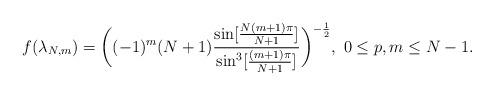
LaTeX: \begin{align*}f(\lambda_{N,m})=\bigg((-1)^m(N+1){{ \sin[{{N(m+1)\pi }\over{N+1 }} ]}\over {\sin^3[{{(m+1)\pi }\over{N+1 }} ] }} \bigg)^{-{{1}\over{2}}},\ 0\le p,m\le N-1.\end{align*}